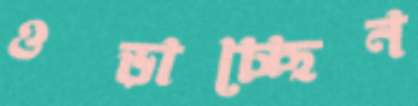
ওড়াচ্ছেন